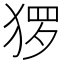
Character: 猡